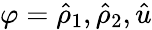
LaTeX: \varphi=\hat{\rho}_{1},\hat{\rho}_{2},\hat{u}